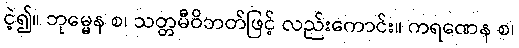
ငဲ့၍။ ဘုမ္မေန စ၊ သတ္တမီဝိဘတ်ဖြင့် လည်းကောင်း။ ကရဏေန စ၊